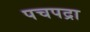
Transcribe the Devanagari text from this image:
पचपद्रा